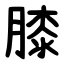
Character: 膝